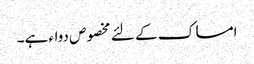
امساک کے لئے مخصوص دواء ہے۔